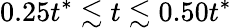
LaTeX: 0.25t^{*}\lesssim t\lesssim 0.50t^{*}